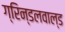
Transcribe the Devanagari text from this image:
ग्रिन्डलवाल्ड